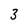
Character: 3